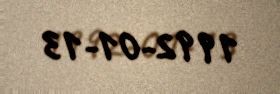
1992-01-13